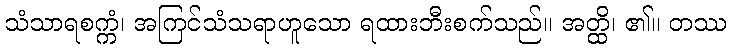
သံသာရစက္ကံ၊ အကြင်သံသရာဟူသော ရထားဘီးစက်သည်။ အတ္ထိ၊ ၏။ တဿ